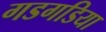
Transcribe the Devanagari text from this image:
गडगडिया